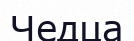
Чедца